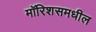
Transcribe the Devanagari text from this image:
मॉरिशसमधील